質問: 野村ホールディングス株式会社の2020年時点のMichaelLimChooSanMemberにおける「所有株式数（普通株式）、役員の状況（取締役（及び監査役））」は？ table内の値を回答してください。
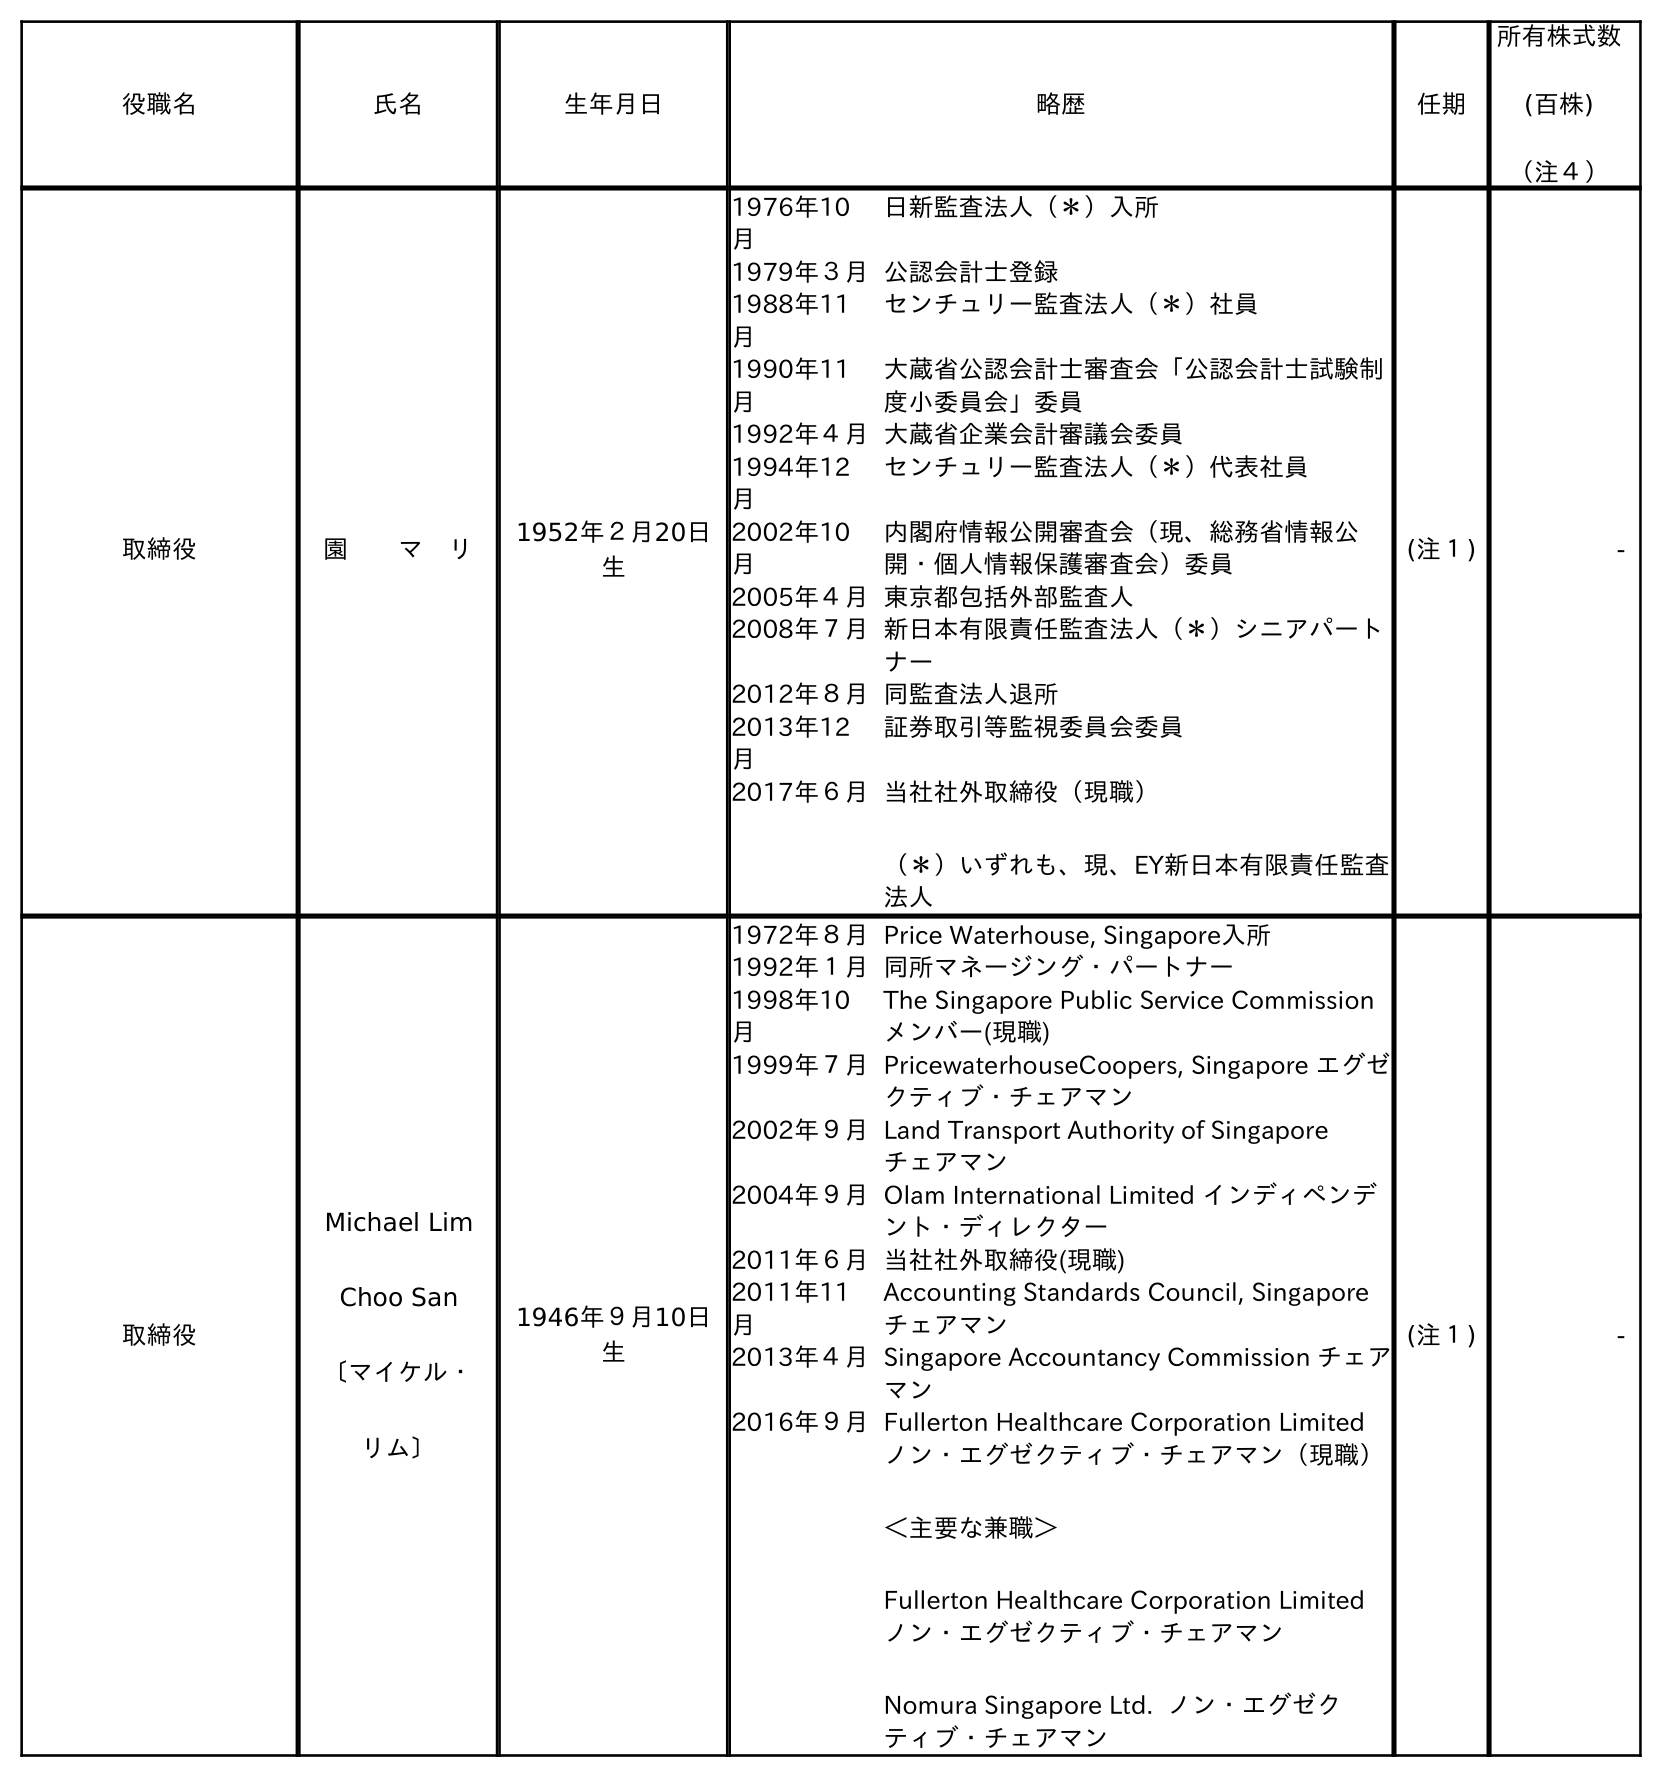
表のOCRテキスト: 役職名 氏名 生年月日 略歴 任期 所有株式数 (百株) （注４） 取締役 園  マ リ 1952年２月20日 生 1976年10 月 日新監査法人（＊）入所 1979年３月公認会計士登録 1988年11 月 センチュリー監査法人（＊）社員 1990年11 月 大蔵省公認会計士審査会「公認会計士試験制 度小委員会」委員 1992年４月大蔵省企業会計審議会委員 1994年12 月 センチュリー監査法人（＊）代表社員 2002年10 月 内閣府情報公開審査会（現、総務省情報公 開・個人情報保護審査会）委員 2005年４月東京都包括外部監査人 2008年７月新日本有限責任監査法人（＊）シニアパート ナー 2012年８月同監査法人退所 2013年12 月 証券取引等監視委員会委員 2017年６月当社社外取締役（現職） （＊）いずれも、現、EY新日本有限責任監査 法人 (注１) - 取締役 Michael Lim Choo San 〔マイケル・ リム〕 1946年９月10日 生 1972年８月Price Waterhouse, Singapore入所 1992年１月同所マネージング・パートナー 1998年10 月 The Singapore Public Service Commission メンバー(現職) 1999年７月PricewaterhouseCoopers, Singapore エグゼ クティブ・チェアマン 2002年９月Land Transport Authority of Singapore  チェアマン 2004年９月Olam International Limited インディペンデ ント・ディレクター 2011年６月当社社外取締役(現職) 2011年11 月 Accounting Standards Council, Singapore チェアマン 2013年４月Singapore Accountancy Commission チェア マン 2016年９月Fullerton Healthcare Corporation Limited ノン・エグゼクティブ・チェアマン（現職） ＜主要な兼職＞ Fullerton Healthcare Corporation Limited ノン・エグゼクティブ・チェアマン Nomura Singapore Ltd. ノン・エグゼク ティブ・チェアマン (注１) -
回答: -